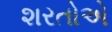
શરતોએ